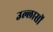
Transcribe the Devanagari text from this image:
उल्लासों